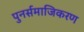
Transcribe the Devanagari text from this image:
पुनर्समाजिकरण